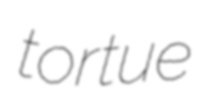
tortue